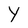
Character: Y